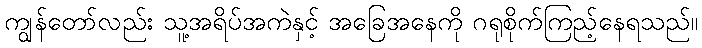
ကျွန်တော်လည်း သူ့အရိပ်အကဲနှင့် အခြေအနေကို ဂရုစိုက်ကြည့်နေရသည်။